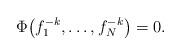
LaTeX: \begin{gather*}\Phi\big(f_1^{-k},\ldots,f_{N}^{-k}\big) =0.\end{gather*}